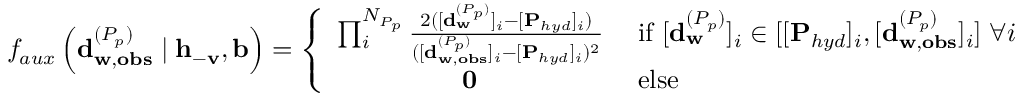
\begin{array} { r } { f _ { a u x } \left( \mathbf { d } _ { \mathbf { w } , \mathbf { o b s } } ^ { ( P _ { p } ) } \mid \mathbf { h } _ { \mathbf { - v } } , \mathbf { b } \right) = \left\{ \begin{array} { l l } { \prod _ { i } ^ { N _ { P _ { p } } } \frac { 2 ( [ \mathbf { d } _ { \mathbf { w } } ^ { ( P _ { p } ) } ] _ { i } - [ \mathbf { P } _ { h y d } ] _ { i } ) } { ( [ \mathbf { d } _ { \mathbf { w , o b s } } ^ { ( P _ { p } ) } ] _ { i } - [ \mathbf { P } _ { h y d } ] _ { i } ) ^ { 2 } } \; } & { \mathrm { i f ~ } [ \mathbf { d } _ { \mathbf { w } } ^ { ( P _ { p } ) } ] _ { i } \in [ [ \mathbf { P } _ { h y d } ] _ { i } , [ \mathbf { d } _ { \mathbf { w , o b s } } ^ { ( P _ { p } ) } ] _ { i } ] \; \forall i } \\ { \; \; \; \; \; \; \; \; \; \; \; \; \; \; \; \; \; \mathbf { 0 } \; } & { \mathrm { e l s e } } \end{array} \right. } \end{array}